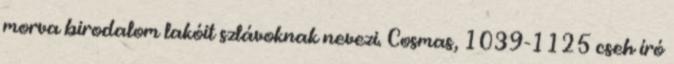
morva birodalom lakóit szlávoknak nevezi. Cosmas, 1039-1125 cseh író